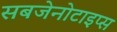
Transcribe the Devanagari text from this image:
सबजेनोटाइप्स